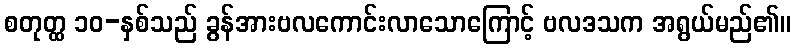
စတုတ္ထ ၁၀-နှစ်သည် ခွန်အားဗလကောင်းလာသောကြောင့် ဗလဒသက အရွယ်မည်၏။